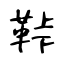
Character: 鞐